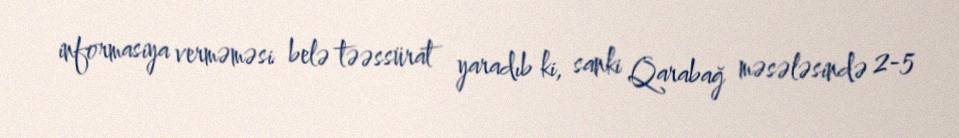
informasiya verməməsi belə təəssürat yaradıb ki, sanki Qarabağ məsələsində 2-5